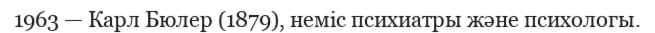
1963 — Карл Бюлер (1879), неміс психиатры және психологы.